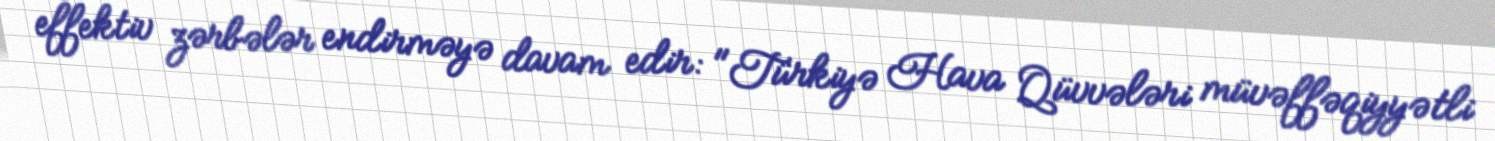
effektiv zərbələr endirməyə davam edir: "Türkiyə Hava Qüvvələri müvəffəqiyyətli